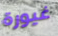
غيورة